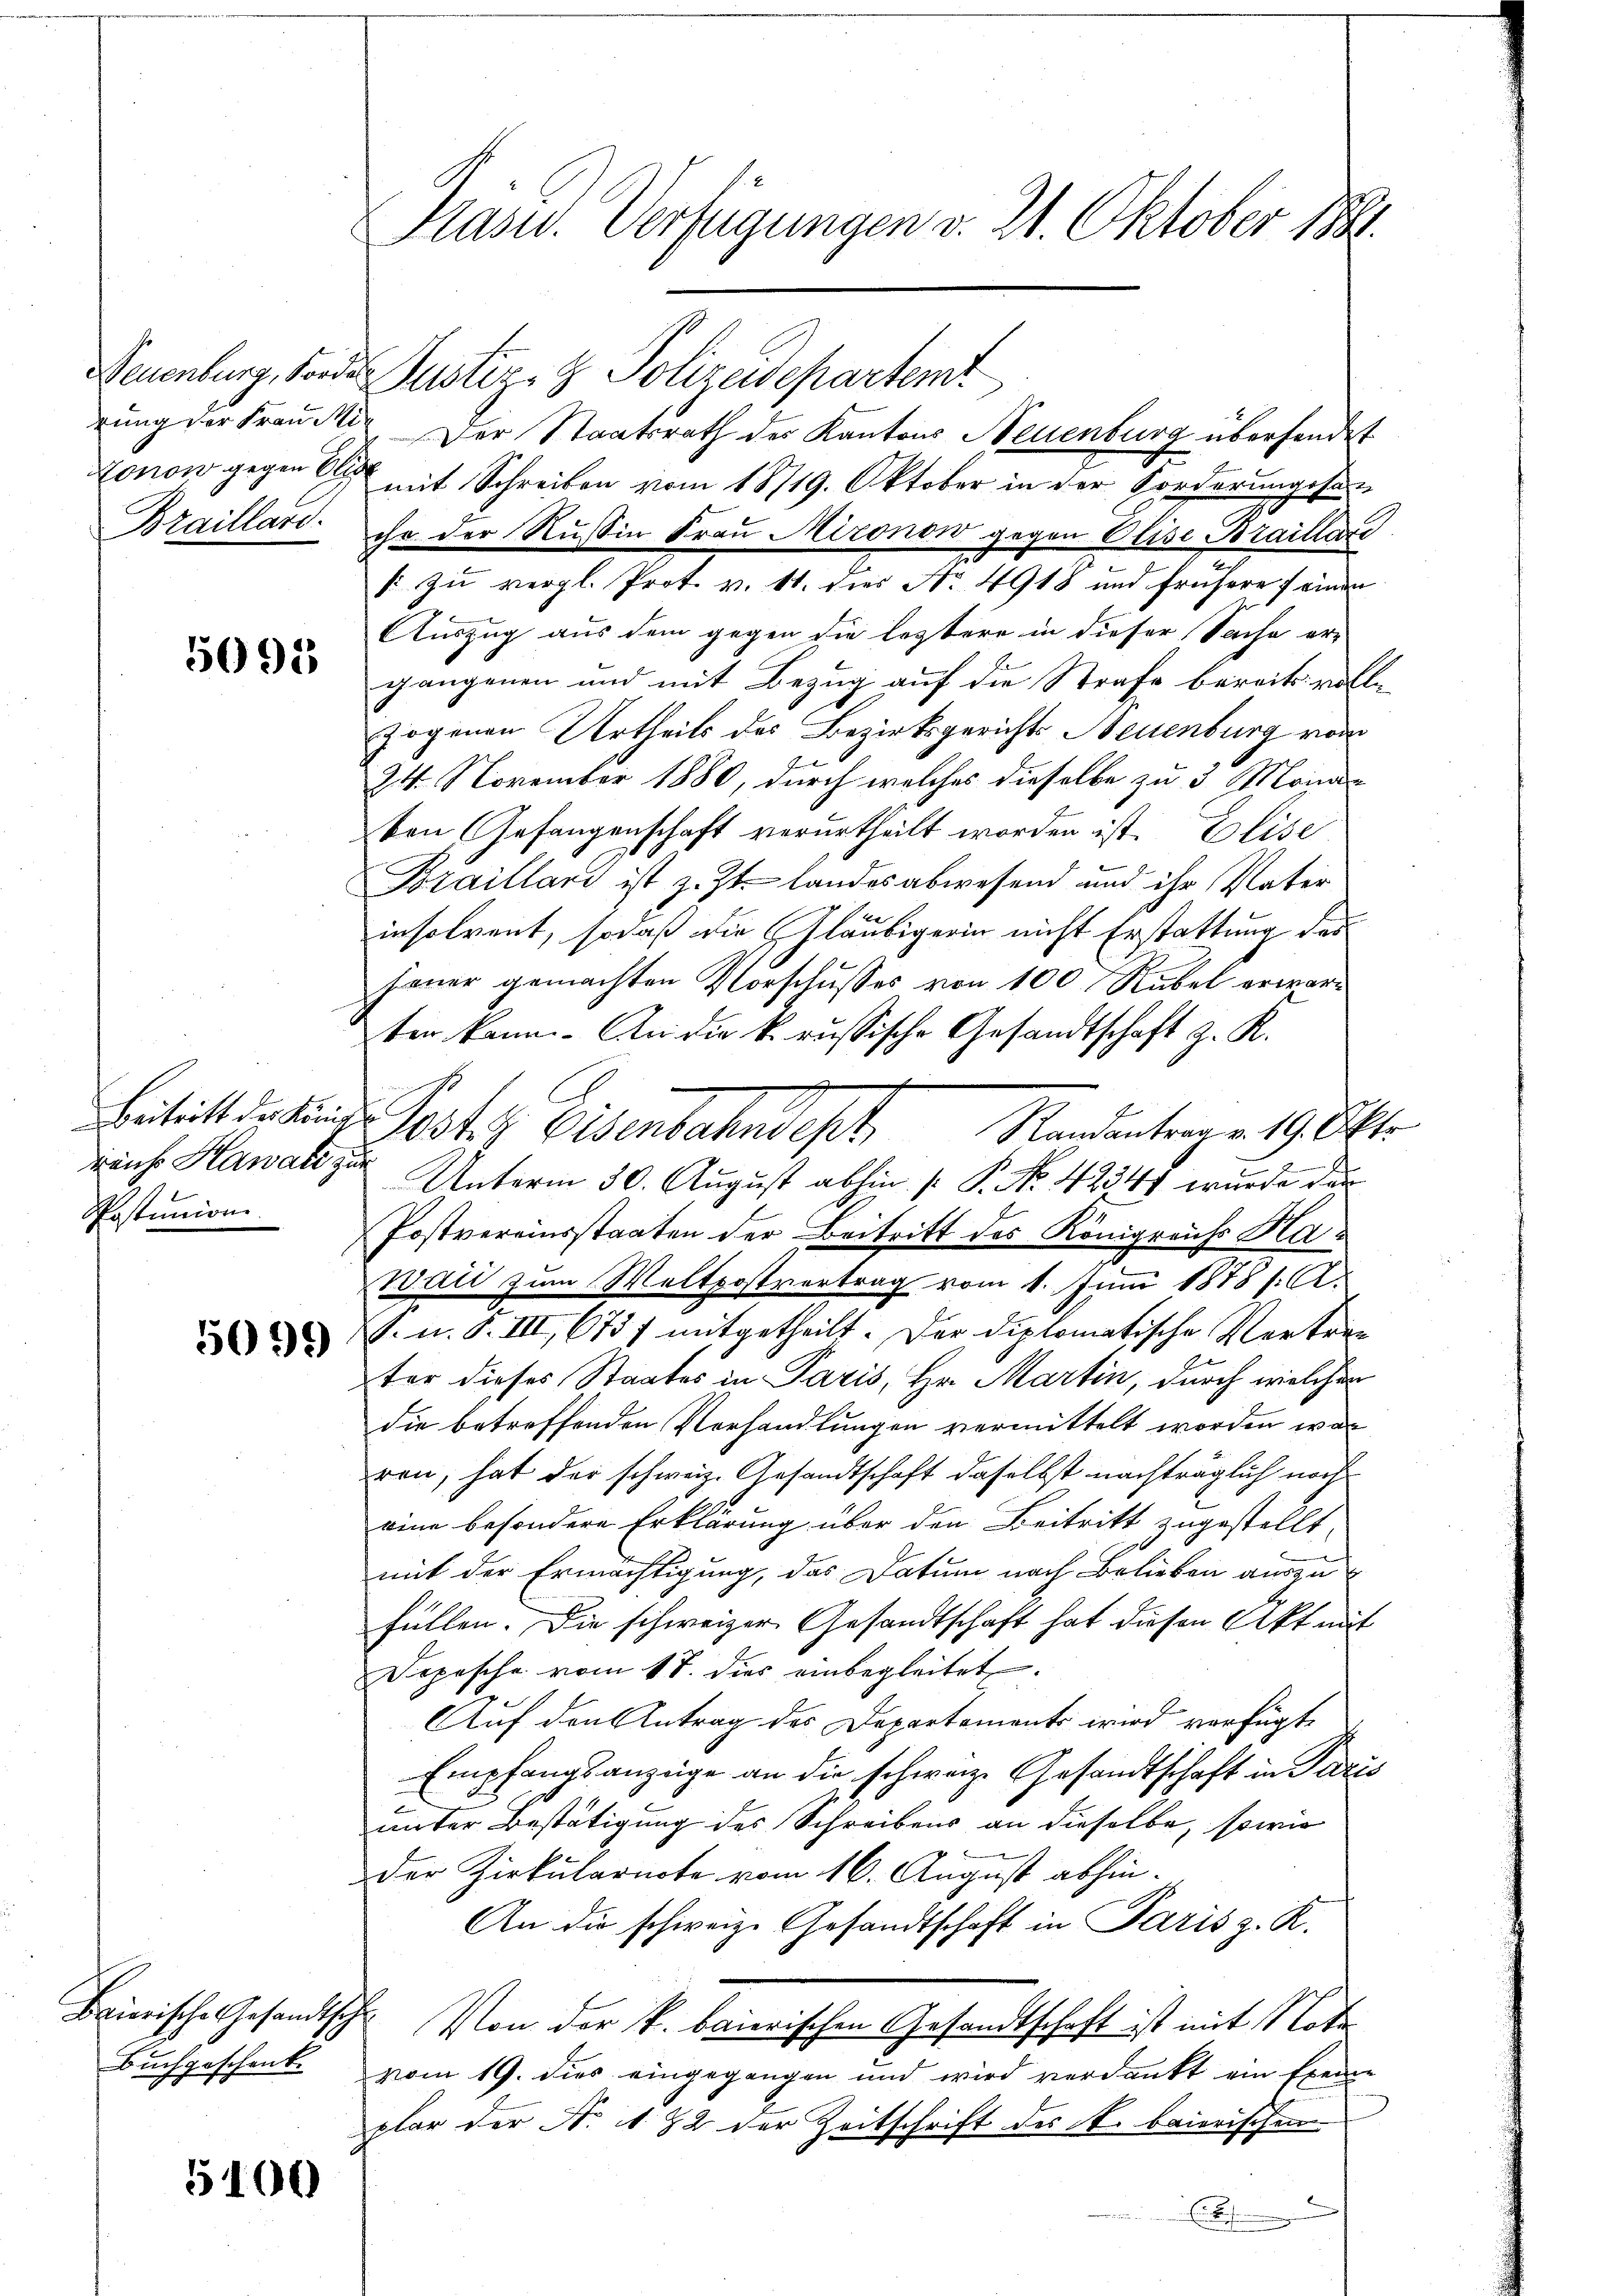
rung der Frau Mi

5091

reiche Hawald zur
Postumion.

5091)

Baierische Gesandtsche
Buchgeschenk.
d

5100

Präsid. Verfügungen v. 21. Oktober 1881.

Neuenburg, sonder Justiz- & Polizeidepartem
Der Staatsrath des Kantons Neuenburg übersendet
Lonow gegen er mit Schreiben vom 18719. Oktober in der Forderungsson
Braillard ihr der Russin Frau Mizonow gegen Elise Braillar
/ zu vergl. Prot. v. 11. dies No 4918 und frühere feinen
Auszug aus dem gegen die leztere in dieser Sache er-
gangenen und mit Bezug auf die Strafe bereits vollezogenen Urtheils des Bezirksgerichts Neuenburg vom
24. November 1880, durch welches dieselbe zu 3 Mona
ten Gefangenschaft verurtheilt worden ist. Elise
Krailland ist z. Zt. landesabwesend und ihr Vater
insolvent, sodaß die Gläubigerin nicht Erstattung des
hauer gemachten Vorschusses von 100 Rubel erwärten kann. An die k. russische Gesandtschaft z. K.
Bititaten Postiz Eisenbahndept. Mandentrage 19 Okt
Unterm 30. August abhin [ P. No. 4234 wurde das
Postvereinsstaaten der Beitritt des Königreichs Haati zum Weltpostvertrag vom 1. Juni 1878 s. A
S. u. S. III 678 f mitgetheilt. Der diplomatische Vertreter dieses Staates in Paris, Hr. Martin, durch welcher
die betreffenden Verhandlungen vermittelt worden war
ren, hat der schweiz. Gesandtschaft daselbst nachträglich noch
eine besondere Erklärung über den Beitritt zugestellt,
mit der Ermächtigung, das Datum nach Belieben auszu
Füllen. Die schweizer Gesandtschaft hat diesen Akt mit
Depesche vom 17. dies einbegleitet.
Auf den Antrag des Departements wird verfügte
Empfangsanzeige an die schweiz. Gesandtschaft in Paris
e
unter Bestätigung des Schreibens an dieselbe, sowie
der Zirkularnote vom 16. August abhin¬
An die schweiz. Gesandtschaft in Paris z. K.
Von der k. baierischen Gesandtschaft ist mit Note
vom 19. dies eingegangen und wird verdankt ein Exeme
plar der N. 132 der Zeitschrift des k. baierischen
.